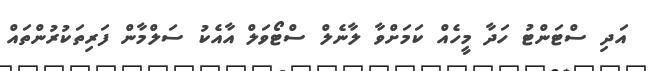
އަދި ސްޓަންޓު ހަދާ މީހެއް ކަމަށްވާ ލާނެލް ސްޓޯވަލް އާއެކު ސަލްމާން ފަރިތަކުރުންތައް